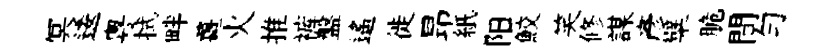
冥逶粵拭畔薑火推裤盤遥徙昻紙阳鮫笑修謀彦檗脆間匀